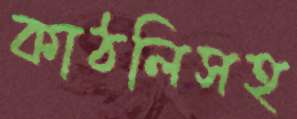
কাঠলিসহ